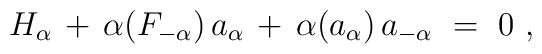
H_\alpha \, + \, \alpha(F_{-\alpha}) \, a_\alpha \, + \, \alpha(a_\alpha) \, a_{-\alpha} ~=~ 0~,